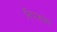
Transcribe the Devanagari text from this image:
निपजला